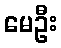
မေဦး